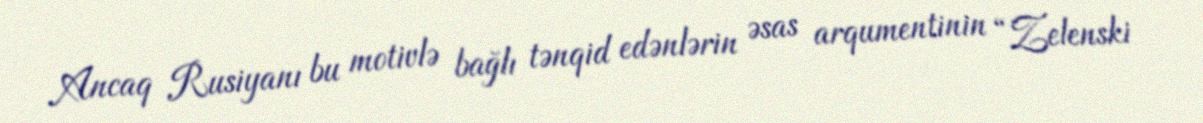
Ancaq Rusiyanı bu motivlə bağlı tənqid edənlərin əsas arqumentinin “Zelenski